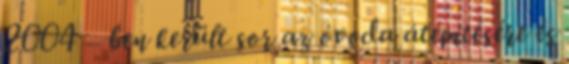
2004 – ben került sor az óvoda átépítésére és